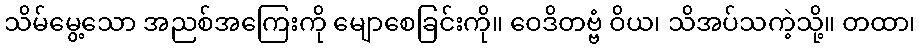
သိမ်မွေ့သော အညစ်အကြေးကို မျောစေခြင်းကို။ ဝေဒိတဗ္ဗံ ဝိယ၊ သိအပ်သကဲ့သို့။ တထာ၊